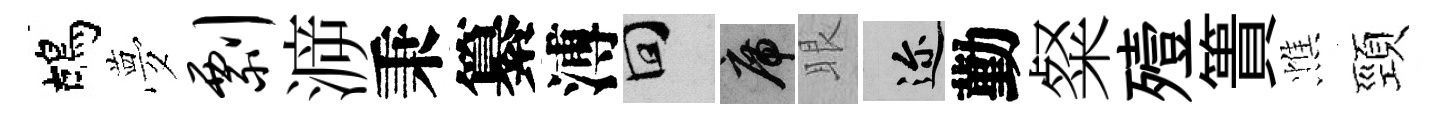
鴣夢剽㴑秉纂溥回席眼邇勤粲殪簣憔頸